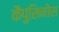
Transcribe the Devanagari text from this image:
कैपुसिनोस